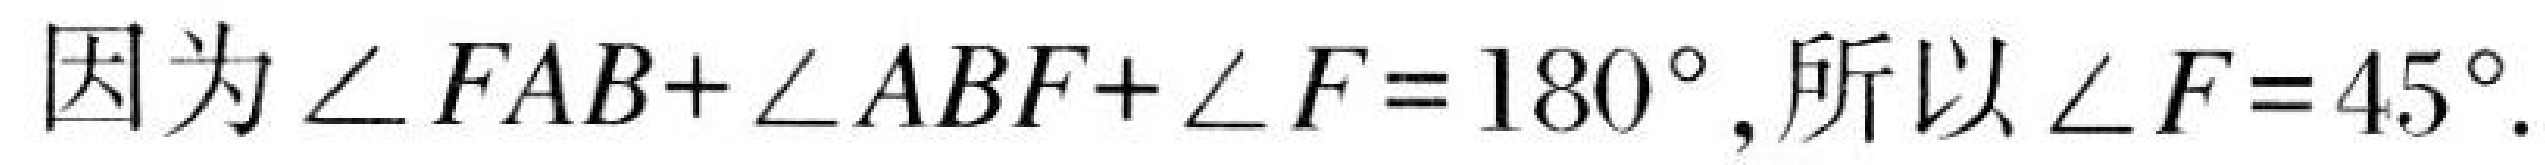
因为\(\angle FAB+\angle ABF+\angle F = 180^{\circ}\)，所以\(\angle F = 45^{\circ}\).